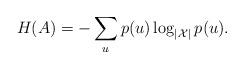
LaTeX: \begin{align*} H(A) &= -\sum_u p(u)\log_{|\mathcal{X}|}p(u).\end{align*}